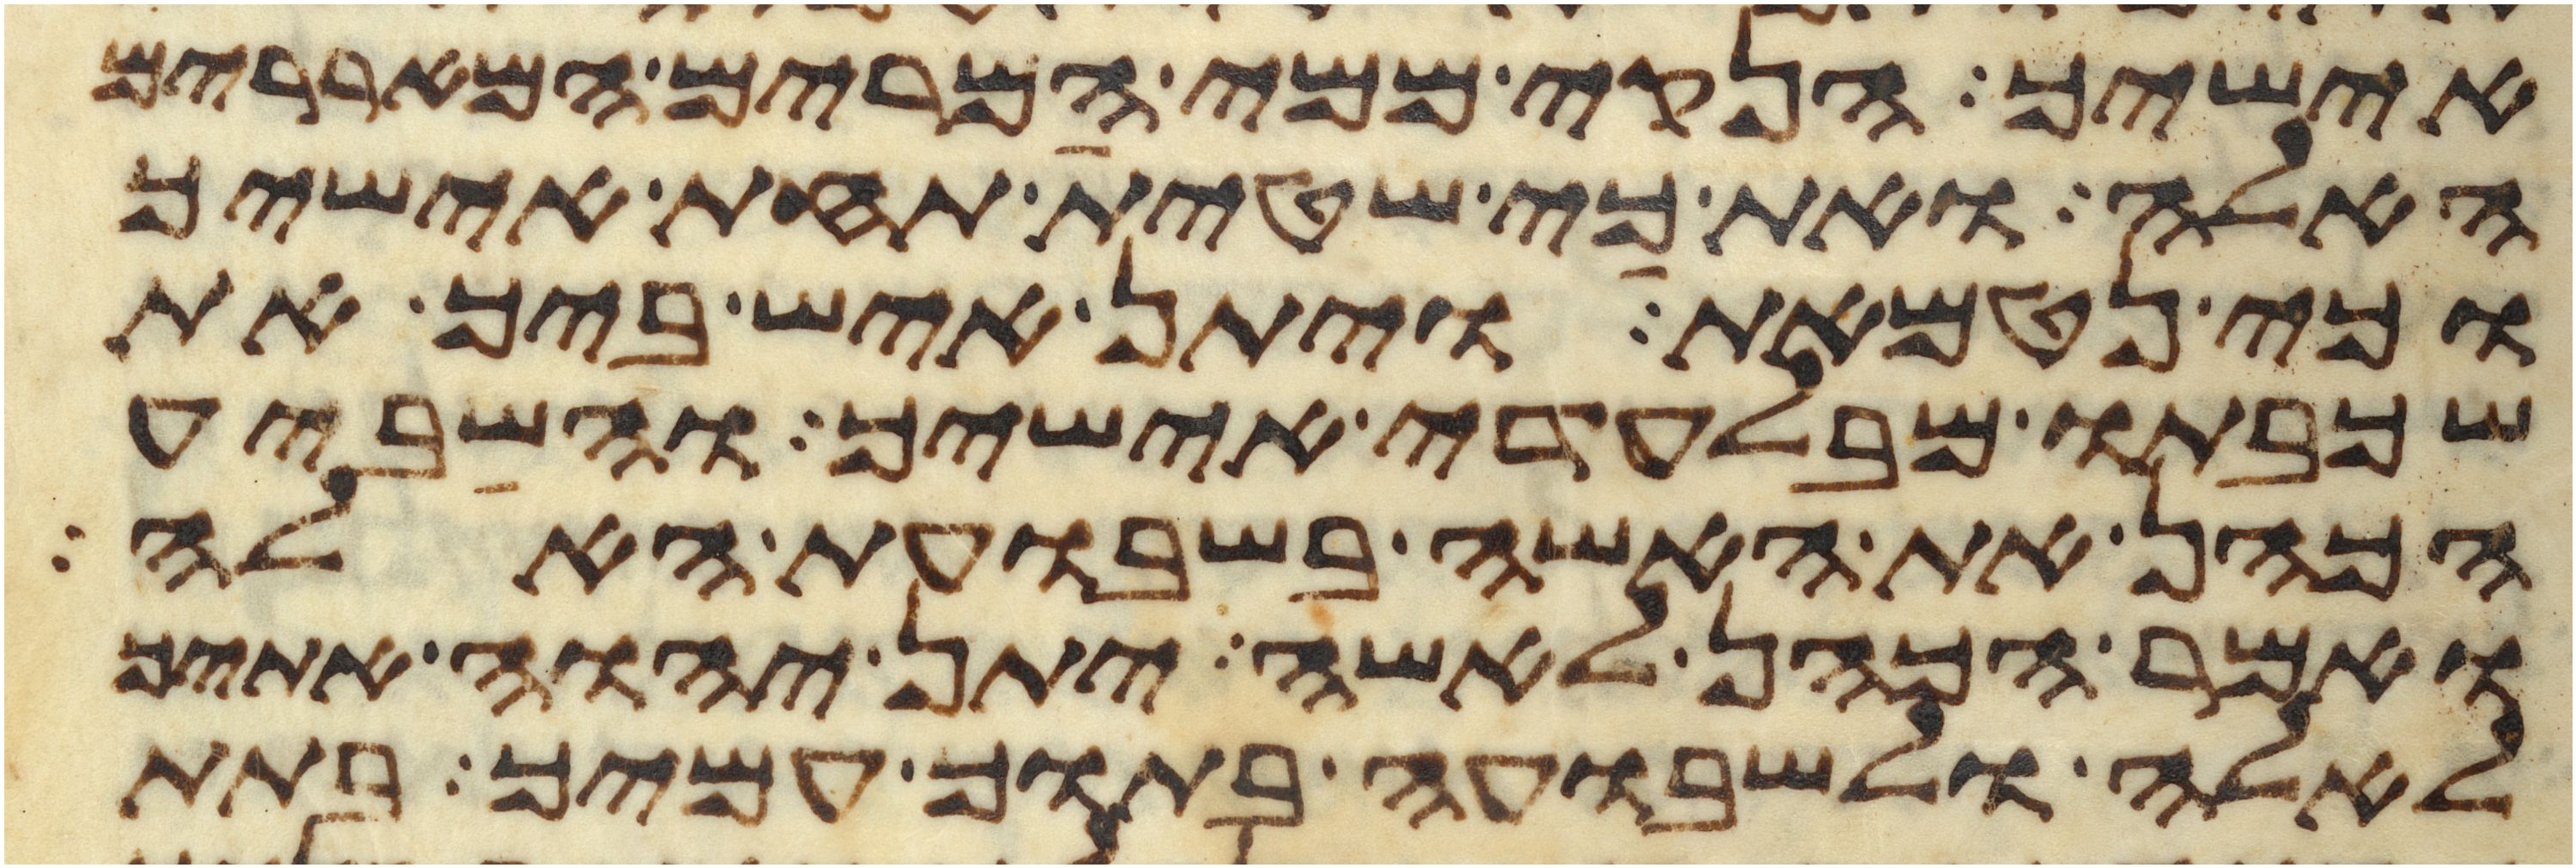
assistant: אישיך הנקי ממי המרים המאררים
האלה ואת כי שטית תחת אישיך
וכי נטמאת ויתן איש ביך את
שכבתו מבלעדי אישיך והשביע
הכהן את האשה בשבועת האלה
ואמר הכהן לאשה יתן יהוה אתיך
לאלה ולשבועה בתוך עמיך בתת